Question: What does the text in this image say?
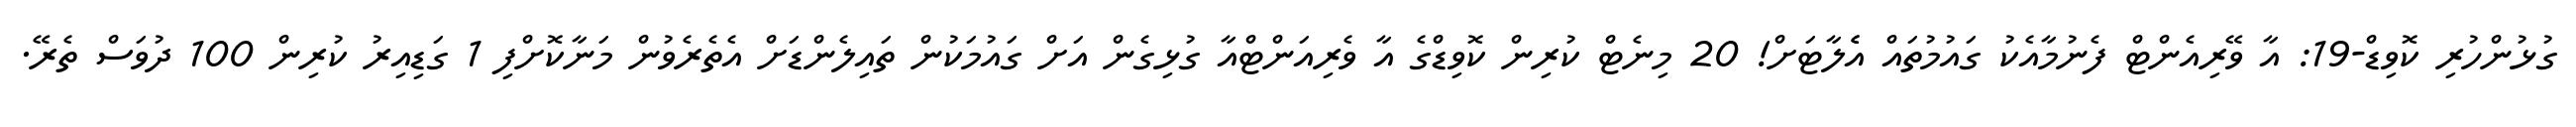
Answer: ގުޅުންހުރި ކޮވިޑް-19: އާ ވޭރިއެންޓް ފެނުމާއެކު ގައުމުތައް އެެލާޓަށް! 20 މިނެޓް ކުރިން ކޮވިޑްގެ އާ ވެރިއަންޓްއާ ގުޅިގެން އަށް ގައުމަކުން ތައިލެންޑަށް އެތެރެވުން މަނާކޮށްފި 1 ގަޑިއިރު ކުރިން 100 ދުވަސް ތެރޭ.